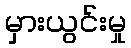
မှားယွင်းမှု